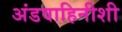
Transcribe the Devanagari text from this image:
अंडवाहिनीशी